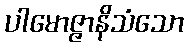
ပါမောဇ္ဇာနိသံသော